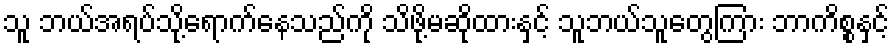
သူ ဘယ်အရပ်သို့ရောက်နေသည်ကို သိဖို့မဆိုထားနှင့် သူဘယ်သူတွေကြား ဘာကိစ္စနှင့်